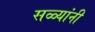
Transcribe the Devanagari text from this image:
सळ्यांनी